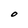
Character: O